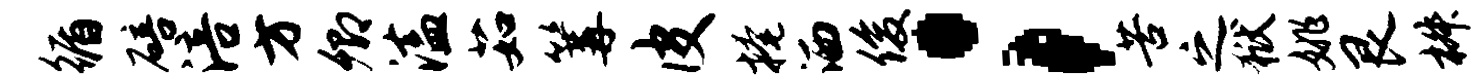
循碚涪方卿溘茹篝皮掩洒俊；苦之狱姚艮椒